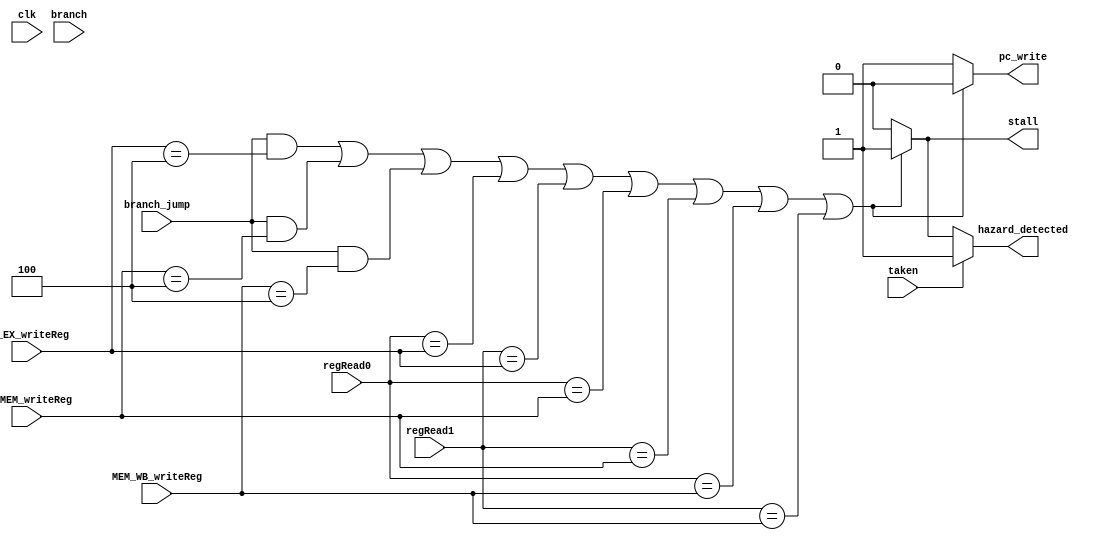
`timescale 1ns / 1ps
module Hazard_Detection_unit(

input  clk,
input  [4:0]ID_EX_writeReg,  
input  [4:0]EX_MEM_writeReg,
input  [4:0]MEM_WB_writeReg, 
input  [3:0]regRead0,   //connected from control unit. 
input  [3:0]regRead1,   //connected from control unit.
input  branch,
input  branch_jump,
input  taken,
output pc_write,        //connect to Fetch_Unit
output stall,
output hazard_detected           

);


reg  _pc_write, _stall, _hazard_detected;

initial
begin
_pc_write = 1;
end

assign pc_write = _pc_write;
assign stall = _stall;
assign hazard_detected = _hazard_detected;



always@(*)  //send stall signals when modules are updated. 
begin
   //if branch or jump is detected at control unit while previous instructions are unpdating $adr, stall.
	if(branch_jump && (ID_EX_writeReg   == 5'b00100)
	|| branch_jump && (EX_MEM_writeReg  == 5'b00100)
	|| branch_jump && (MEM_WB_writeReg  == 5'b00100)
	|| regRead0 == ID_EX_writeReg
	|| regRead1 == ID_EX_writeReg
	|| regRead0 == EX_MEM_writeReg
	|| regRead1 == EX_MEM_writeReg
	|| regRead0 == MEM_WB_writeReg
	|| regRead1 == MEM_WB_writeReg)
	begin
		_hazard_detected <= 1;
		_pc_write <= 0;     //don't update pc_counter
		_stall <= 1;        //insert nop
	end
	
	else
	begin
	   _hazard_detected <= 0;
		_pc_write <= 1;      
		_stall <= 0;        
	end
	
	if(taken)
	begin
		_hazard_detected <= 1;
	end

end

endmodule